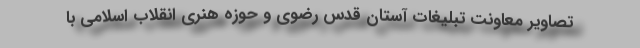
تصاویر معاونت تبلیغات آستان قدس رضوی و حوزه هنری انقلاب اسلامی با